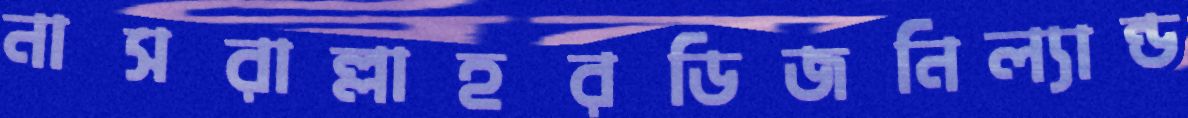
নাসরাল্লাহরডিজনিল্যান্ড